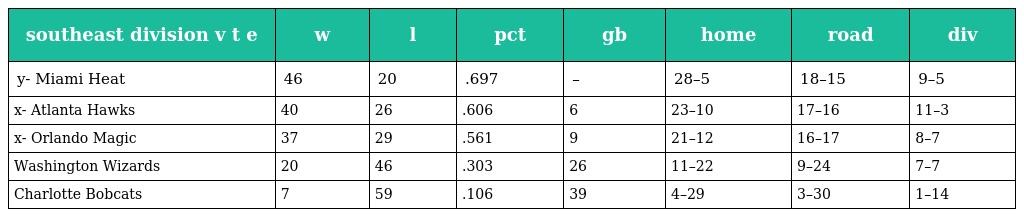
| southeast division v t e | w | l | pct | gb | home | road | div |
 | --- | --- | --- | --- | --- | --- | --- | --- |
 | y- Miami Heat | 46 | 20 | .697 | – | 28–5 | 18–15 | 9–5 |
 | x- Atlanta Hawks | 40 | 26 | .606 | 6 | 23–10 | 17–16 | 11–3 |
 | x- Orlando Magic | 37 | 29 | .561 | 9 | 21–12 | 16–17 | 8–7 |
 | Washington Wizards | 20 | 46 | .303 | 26 | 11–22 | 9–24 | 7–7 |
 | Charlotte Bobcats | 7 | 59 | .106 | 39 | 4–29 | 3–30 | 1–14 |